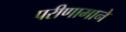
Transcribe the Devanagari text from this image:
परीणामाने